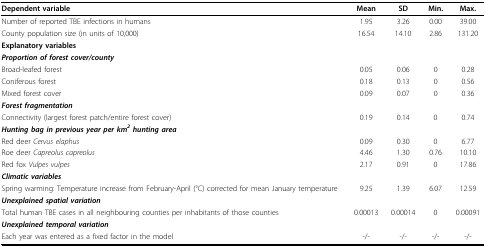
| Dependent variable | Mean | SD | Min. | Max. |
 | --- | --- | --- | --- | --- |
 | Number of reported TBE infections in humans | 1.95 | 3.26 | 0.00 | 39.00 |
 | County population size (in units of 10,000) | 16.54 | 14.10 | 2.86 | 131.20 |
 | Explanatory variables |  |  |  |  |
 | Proportion of forest cover/county |  |  |  |  |
 | Broad-leafed forest | 0.05 | 0.06 | 0 | 0.28 |
 | Coniferous forest | 0.18 | 0.13 | 0 | 0.56 |
 | Mixed forest cover | 0.09 | 0.07 | 0 | 0.36 |
 | Forest fragmentation |  |  |  |  |
 | Connectivity (largest forest patch/entire forest cover) | 0.19 | 0.14 | 0 | 0.74 |
 | Hunting bag in previous year per km2 hunting area |  |  |  |  |
 | Red deer Cervus elaphus | 0.09 | 0.30 | 0 | 6.77 |
 | Roe deer Capreolus capreolus | 4.46 | 1.30 | 0.76 | 10.10 |
 | Red fox Vulpes vulpes | 2.17 | 0.91 | 0 | 17.86 |
 | Climatic variables |  |  |  |  |
 | Spring warming: Temperature increase from February-April (°C) corrected for mean January temperature | 9.25 | 1.39 | 6.07 | 12.59 |
 | Unexplained spatial variation |  |  |  |  |
 | Total human TBE cases in all neighbouring counties per inhabitants of those counties | 0.00013 | 0.00014 | 0 | 0.00091 |
 | Unexplained temporal variation |  |  |  |  |
 | Each year was entered as a fixed factor in the model | -/- | -/- | -/- | -/- |